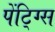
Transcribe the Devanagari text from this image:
पेंटि्ग्स